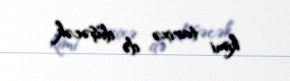
kimi tarixə də düşəcək.